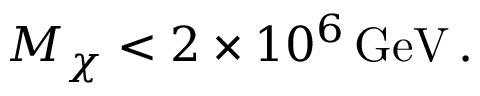
M _ { \chi } < 2 \times 1 0 ^ { 6 } \, \mathrm { G e V } \, .